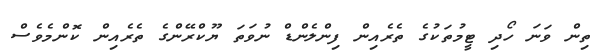
ތިން ވަނަ ހޯދި ޓީމުތަކުގެ ތެރެއިން ފިންލެންޑް ނުވަތަ ޔޫކްރޭންގެ ތެރެއިން ކޮންމެވެސް